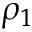
\rho _ { 1 }